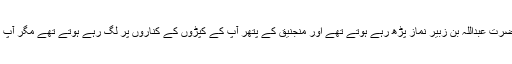
عمرو بن دینار فرماتے ہیں کہ حضرت عبداللہ بن زبیر نماز پڑھ رہے ہوتے تھے اور منجنیق کے پتھر آپ کے کپڑوں کے کناروں پر لگ رہے ہوتے تھے مگر آپ کی توجہ نماز ہی میں رہتی تھی ۔